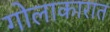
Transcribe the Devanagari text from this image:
गोलाकारात